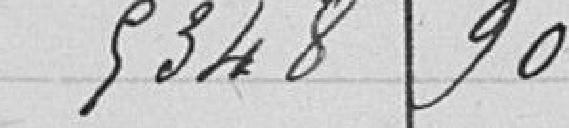
5 348,90